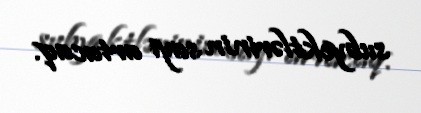
subyektlərinin sayı artacaq.